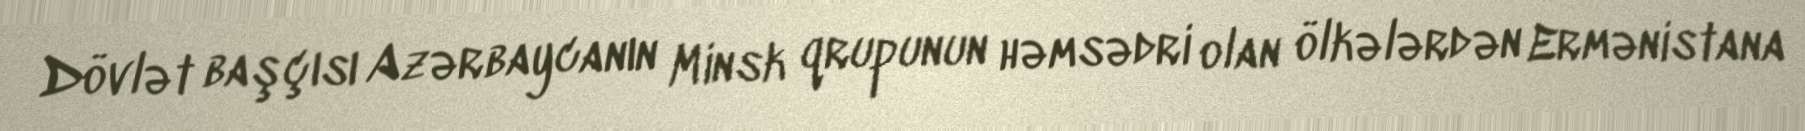
Dövlət başçısı Azərbaycanın Minsk qrupunun həmsədri olan ölkələrdən Ermənistana